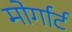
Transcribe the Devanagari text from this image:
मोर्गार्ट